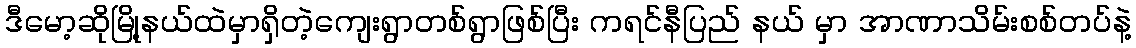
ဒီမော့ဆိုမြို့နယ်ထဲမှာရှိတဲ့ကျေးရွာတစ်ရွာဖြစ်ပြီး ကရင်နီပြည် နယ် မှာ အာဏာသိမ်းစစ်တပ်နဲ့